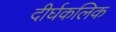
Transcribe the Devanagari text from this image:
दीर्घकलिक